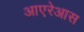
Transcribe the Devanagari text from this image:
आएरेआस